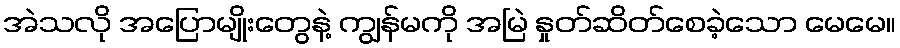
အဲသလို အပြောမျိုးတွေနဲ့ ကျွန်မကို အမြဲ နှုတ်ဆိတ်စေခဲ့သော မေမေ။